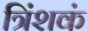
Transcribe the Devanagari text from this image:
त्रिंशकं